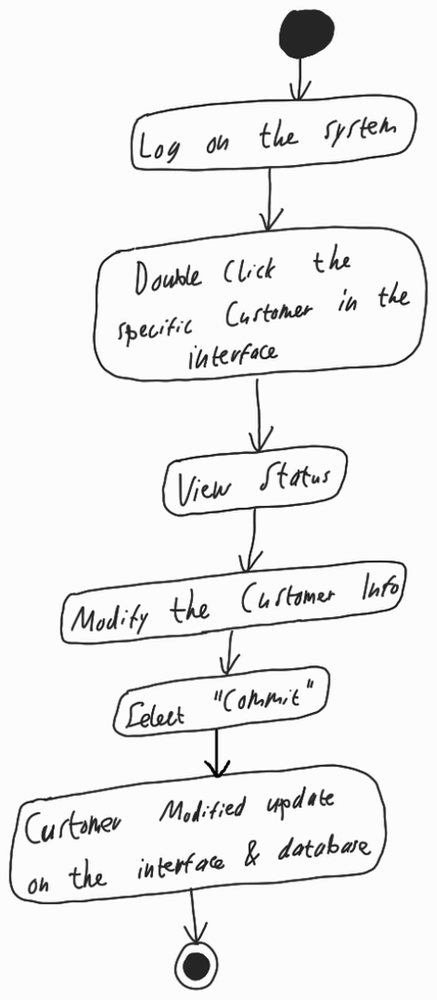
Diagram type: activity_diagram
```plantuml
@startuml

start

:Log on the system;

:Double Click the specific Customer in the interface;

:View Status;

:Modify the Customer Info;

:Select "Commit";

:Customer Modified update on the interface & database;

stop

@enduml
```